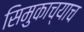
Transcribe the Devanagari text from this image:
सिमुकाच्याच